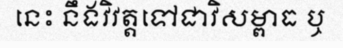
នេះ នឹងវិវត្តទៅជាវិសម្ពាធ ឬ